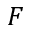
\boldsymbol { F }